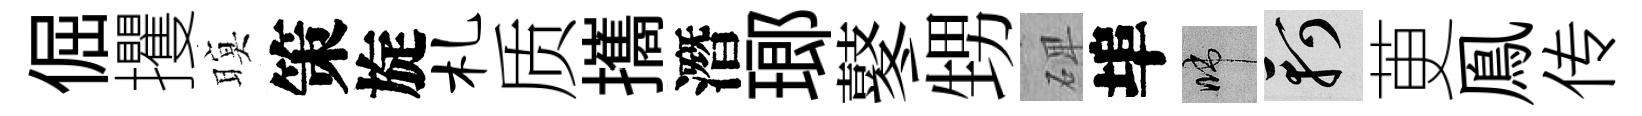
倔攫暝策旋札质攜潛瑯鼕甥𥓓埠啼軻茰鳯传